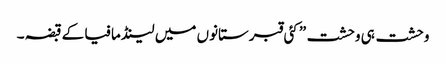
وحشت ہی وحشت” کئی قبرستانوں میں لینڈ مافیا کے قبضہ ۔